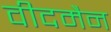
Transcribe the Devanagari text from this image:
वीदमैन